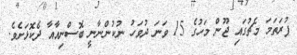
ފުރަތަމަ މެޗުގައި ޖޫން މަހުގެ 15 ވަނަ ދުވަހު ނުކުންނާނީ ބޮސްނިއާއާ ދެކޮޅަށެވެ.